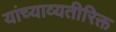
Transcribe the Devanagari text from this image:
यांच्याव्यतीरिक्त